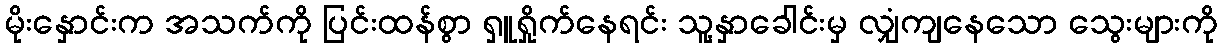
မိုးနှောင်းက အသက်ကို ပြင်းထန်စွာ ရှူရှိုက်နေရင်း သူ့နှာခေါင်းမှ လျှံကျနေသော သွေးများကို